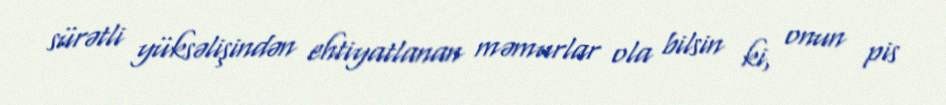
sürətli yüksəlişindən ehtiyatlanan məmurlar ola bilsin ki, onun pis